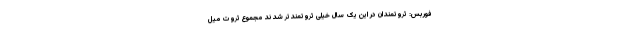
فوربس: ثروتمندان در این یک سال خیلی ثروتمندتر شدند مجموع ثروت میل